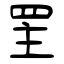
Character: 罜